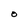
Character: O